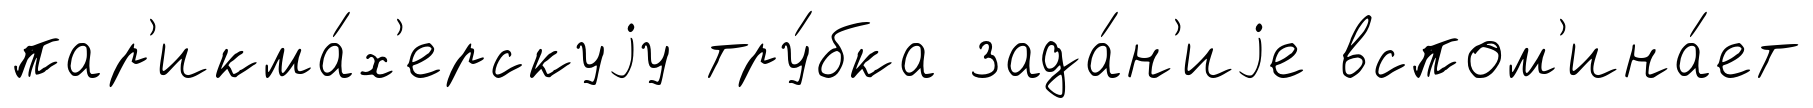
пар'икма́х'ерскуjу тру́бка зада́н'иjе вспом'ина́ет